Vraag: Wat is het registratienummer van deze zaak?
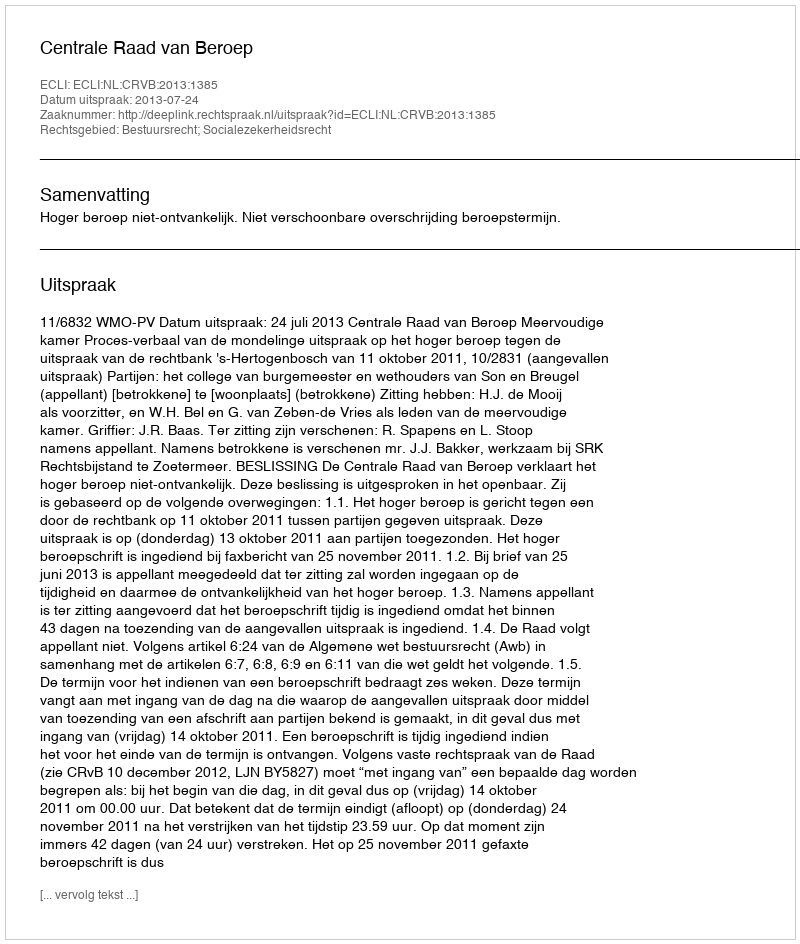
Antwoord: http://deeplink.rechtspraak.nl/uitspraak?id=ECLI:NL:CRVB:2013:1385